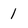
Character: 1